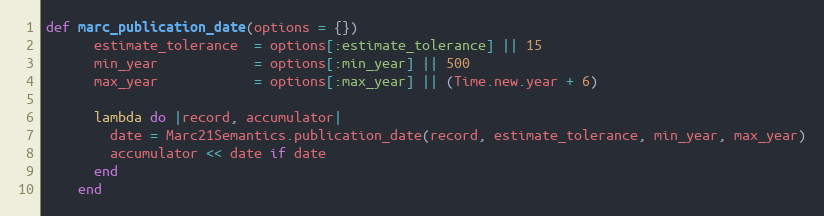
Language: Ruby
def marc_publication_date(options = {})
      estimate_tolerance  = options[:estimate_tolerance] || 15
      min_year            = options[:min_year] || 500
      max_year            = options[:max_year] || (Time.new.year + 6)

      lambda do |record, accumulator|
        date = Marc21Semantics.publication_date(record, estimate_tolerance, min_year, max_year)
        accumulator << date if date
      end
    end